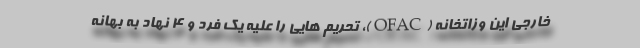
خارجی این وزاتخانه (OFAC)، تحریم هایی را علیه یک فرد و ۴ نهاد به بهانه